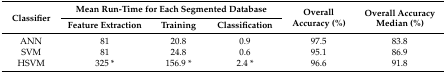
<table><thead><tr><td rowspan="2"><b>Classifier</b></td><td colspan="3"><b>Mean Run-Time for Each Segmented Database</b></td><td rowspan="2"><b>Overall Accuracy (%)</b></td><td rowspan="2"><b>Overall Accuracy Median (%)</b></td></tr><tr><td><b>Feature Extraction </b></td><td><b>Training</b></td><td><b>Classification</b></td></tr></thead><tbody><tr><td>ANN</td><td>81</td><td>20.8</td><td>0.9</td><td>97.5</td><td>83.8</td></tr><tr><td>SVM</td><td>81</td><td>24.8</td><td>0.6</td><td>95.1</td><td>86.9</td></tr><tr><td>HSVM</td><td>325 *</td><td>156.9 *</td><td>2.4 *</td><td>96.6</td><td>91.8</td></tr></tbody></table>